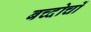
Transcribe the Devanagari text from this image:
बच्दोचों